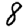
Digit: 8